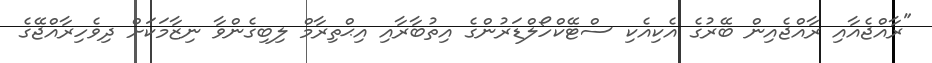
"ރާއްޖެއާއި ރާއްޖެއިން ބޭރުގެ އެކިއެކި ސްޓޭކްހޯލްޑަރުންގެ އިތުބާރާއި އިޙްތިރާމް ލިބިގެންވާ ނިޒާމަކަށް ދިވެހިރާއްޖޭގެ